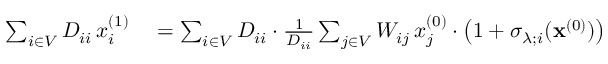
\begin{array} { r l } { \sum _ { i \in V } D _ { i i } \, x _ { i } ^ { ( 1 ) } } & { { } = \sum _ { i \in V } D _ { i i } \cdot \frac { 1 } { D _ { i i } } \sum _ { j \in V } W _ { i j } \, x _ { j } ^ { ( 0 ) } \cdot \left( 1 + \sigma _ { \lambda ; i } ( \mathbf { x } ^ { ( 0 ) } ) \right) } \end{array}